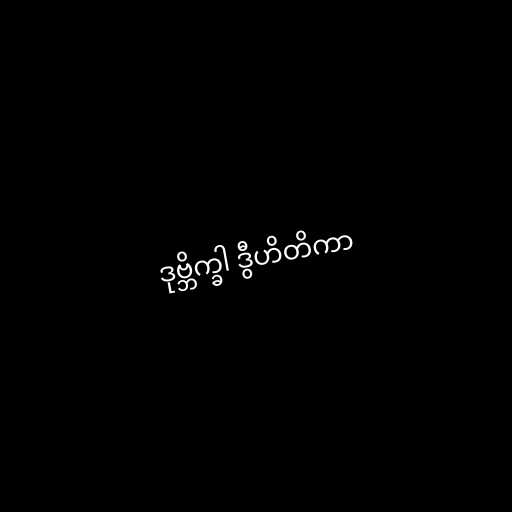
ဒုဗ္ဘိက္ခါ ဒွီဟိတိကာ